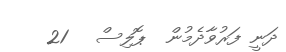
ދަނީ ފަރުވާދެމުން  ޕޮލިސް   21